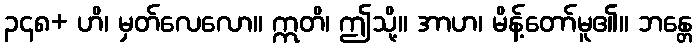
၃၄၈+ ဟိ၊ မှတ်လေလော။ ဣတိ၊ ဤသို့။ အာဟ၊ မိန့်တော်မူ၏။ ဘန္တေ